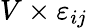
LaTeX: V\times\varepsilon_{ij}